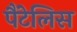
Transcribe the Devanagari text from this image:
पैंटेलिस